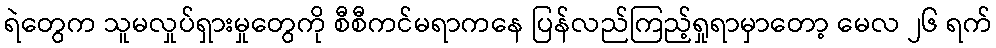
ရဲတွေက သူမလှုပ်ရှားမှုတွေကို စီစီကင်မရာကနေ ပြန်လည်ကြည့်ရှုရာမှာတော့ မေလ ၂၆ ရက်